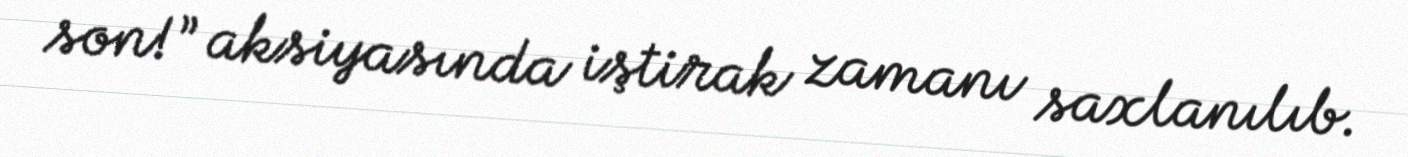
son!” aksiyasında iştirak zamanı saxlanılıb.